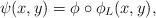
LaTeX: \begin{align*} \psi(x, y) = \phi \circ \phi_L(x, y),\end{align*}